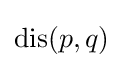
{\textstyle \operatorname {dis} (p,q)}